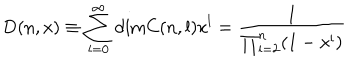
\mathrm { D } ( n , x ) \equiv \sum _ { l = 0 } ^ { \infty } \mathrm { d i m } C ( n , l ) x ^ { l } = \frac { 1 } { \prod _ { i = 2 } ^ { n } ( 1 - x ^ { i } ) }